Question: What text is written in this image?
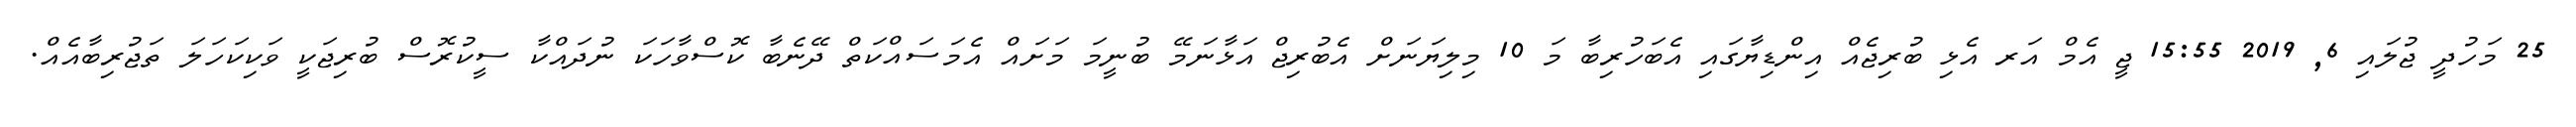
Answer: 25 މަހުދީ ޖުލައި 6, 2019 15:55 ޖީ އެމް އަރ އެޅި ބުރިޖެއް އިންޑިޔާގައި އެބަހުރިބާ މަ 10 މިލިޔަނަށް އެބުރިޖް އަޅާނަމޭ ބުނީމަ މަށައް އެމަސައްކަތް ދޭނެބާ ކޮސްވާހަކަ ނުދައްކާ ސީކުރޮސް ބުރިޖަކީ ވަކިކަހަލަ ތަޖުރިބާއެއް.